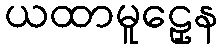
ယထာမူဠှေန